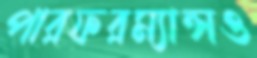
পারফরম্যান্সও